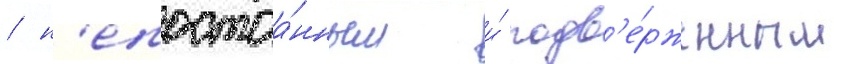
/ н'епостоа́нным и́ подв'е́рженным